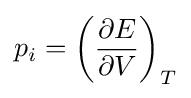
p_{i}=\left({\frac {\partial E}{\partial V}}\right)_{T}